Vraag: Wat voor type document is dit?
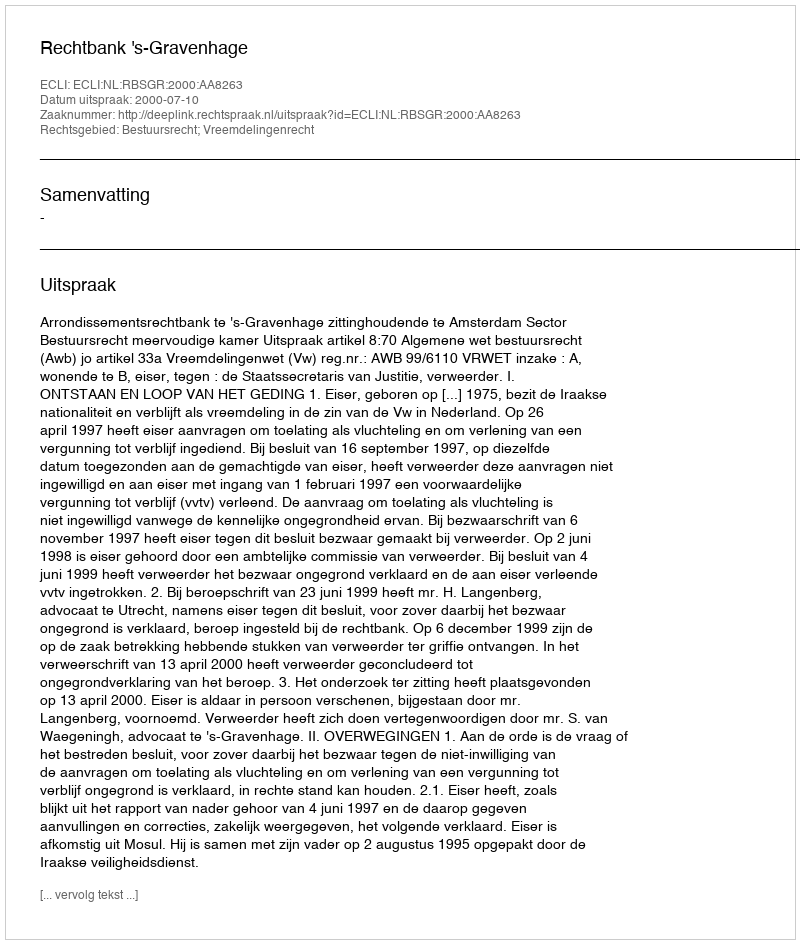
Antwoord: Uitspraak